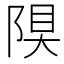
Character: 𨺆